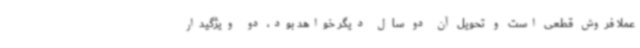
عملاً فروش قطعی است و تحویل آن دو سال دیگر خواهد بود، دو ویژگیدار